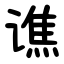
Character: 谯